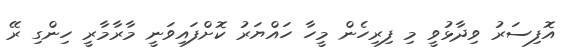
އޮފިސަރު ވިދާޅުވީ މި ފިރިހެން މީހާ ހައްޔަރު ކޮށްފައިވަނީ މާރާމާރީ ހިންގި ރޭ